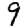
Digit: 9